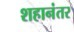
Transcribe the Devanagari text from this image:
शहानंतर